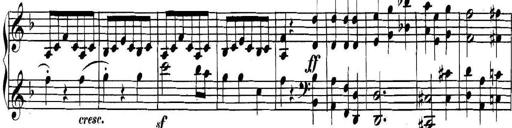
Title: Collected Piano Sonatas
Composer: Muzio Clementi